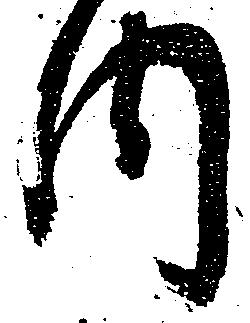
内